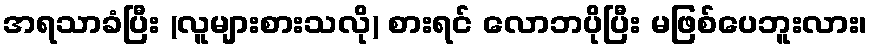
အရသာခံပြီး (လူများစားသလို) စားရင် လောဘပိုပြီး မဖြစ်ပေဘူးလား၊